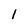
Character: 1